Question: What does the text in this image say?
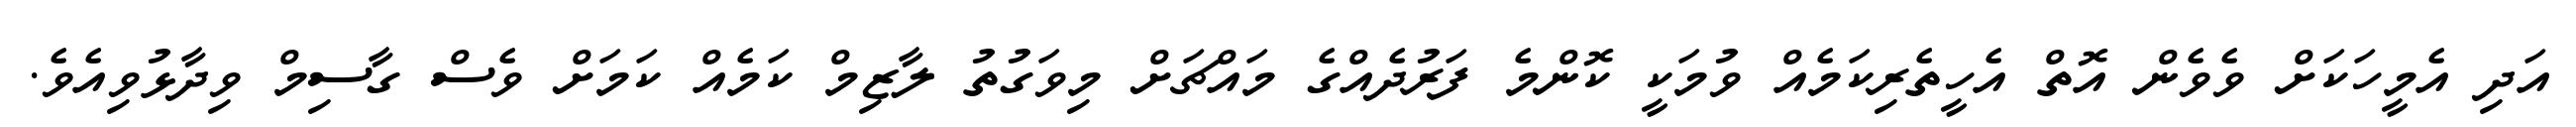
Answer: އަދި އެމީހަކަށް ވެވެން އޮތް އެހީތެރިކަމެއް ވުމަކީ ކޮންމެ ފަރުދެއްގެ މައްޗަށް މިވަގުތު ލާޒިމް ކަމެއް ކަމަށް ވެސް ގާސިމް ވިދާޅުވިއެވެ.